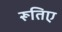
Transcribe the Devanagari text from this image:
रूतिए